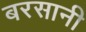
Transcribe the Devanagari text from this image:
बरसानी